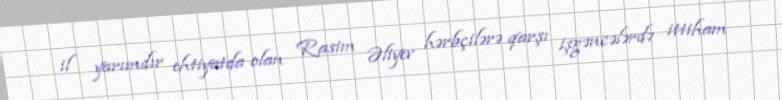
il yarımdır ehtiyatda olan Rasim Əliyev hərbçilərə qarşı işgəncələrdə ittiham